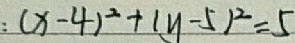
: ( x - 4 ) ^ { 2 } + ( y - 5 ) ^ { 2 } = 5